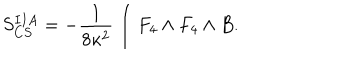
S _ { C S } ^ { I I A } = - \frac { 1 } { 8 \kappa ^ { 2 } } \int F _ { 4 } \wedge F _ { 4 } \wedge B .